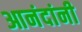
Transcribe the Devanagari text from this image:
आनंदांनी